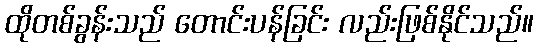
ထိုတစ်ခွန်းသည် တောင်းပန်ခြင်း လည်းဖြစ်နိုင်သည်။